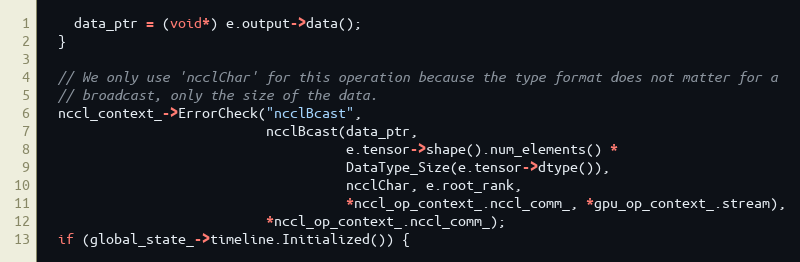
Language: C++
    data_ptr = (void*) e.output->data();
  }

  // We only use 'ncclChar' for this operation because the type format does not matter for a
  // broadcast, only the size of the data.
  nccl_context_->ErrorCheck("ncclBcast",
                            ncclBcast(data_ptr,
                                      e.tensor->shape().num_elements() *
                                      DataType_Size(e.tensor->dtype()),
                                      ncclChar, e.root_rank,
                                      *nccl_op_context_.nccl_comm_, *gpu_op_context_.stream),
                            *nccl_op_context_.nccl_comm_);
  if (global_state_->timeline.Initialized()) {